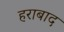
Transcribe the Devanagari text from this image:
हराबाद